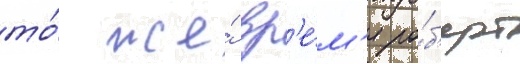
то́ же́ вр'е́м'я ро́б'ерт